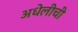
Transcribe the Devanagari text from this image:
अधेलीची